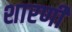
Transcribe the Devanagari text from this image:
शारणी